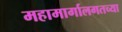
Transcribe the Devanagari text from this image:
महामार्गालगतच्या